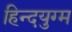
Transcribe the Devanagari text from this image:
हिन्दयुग्म